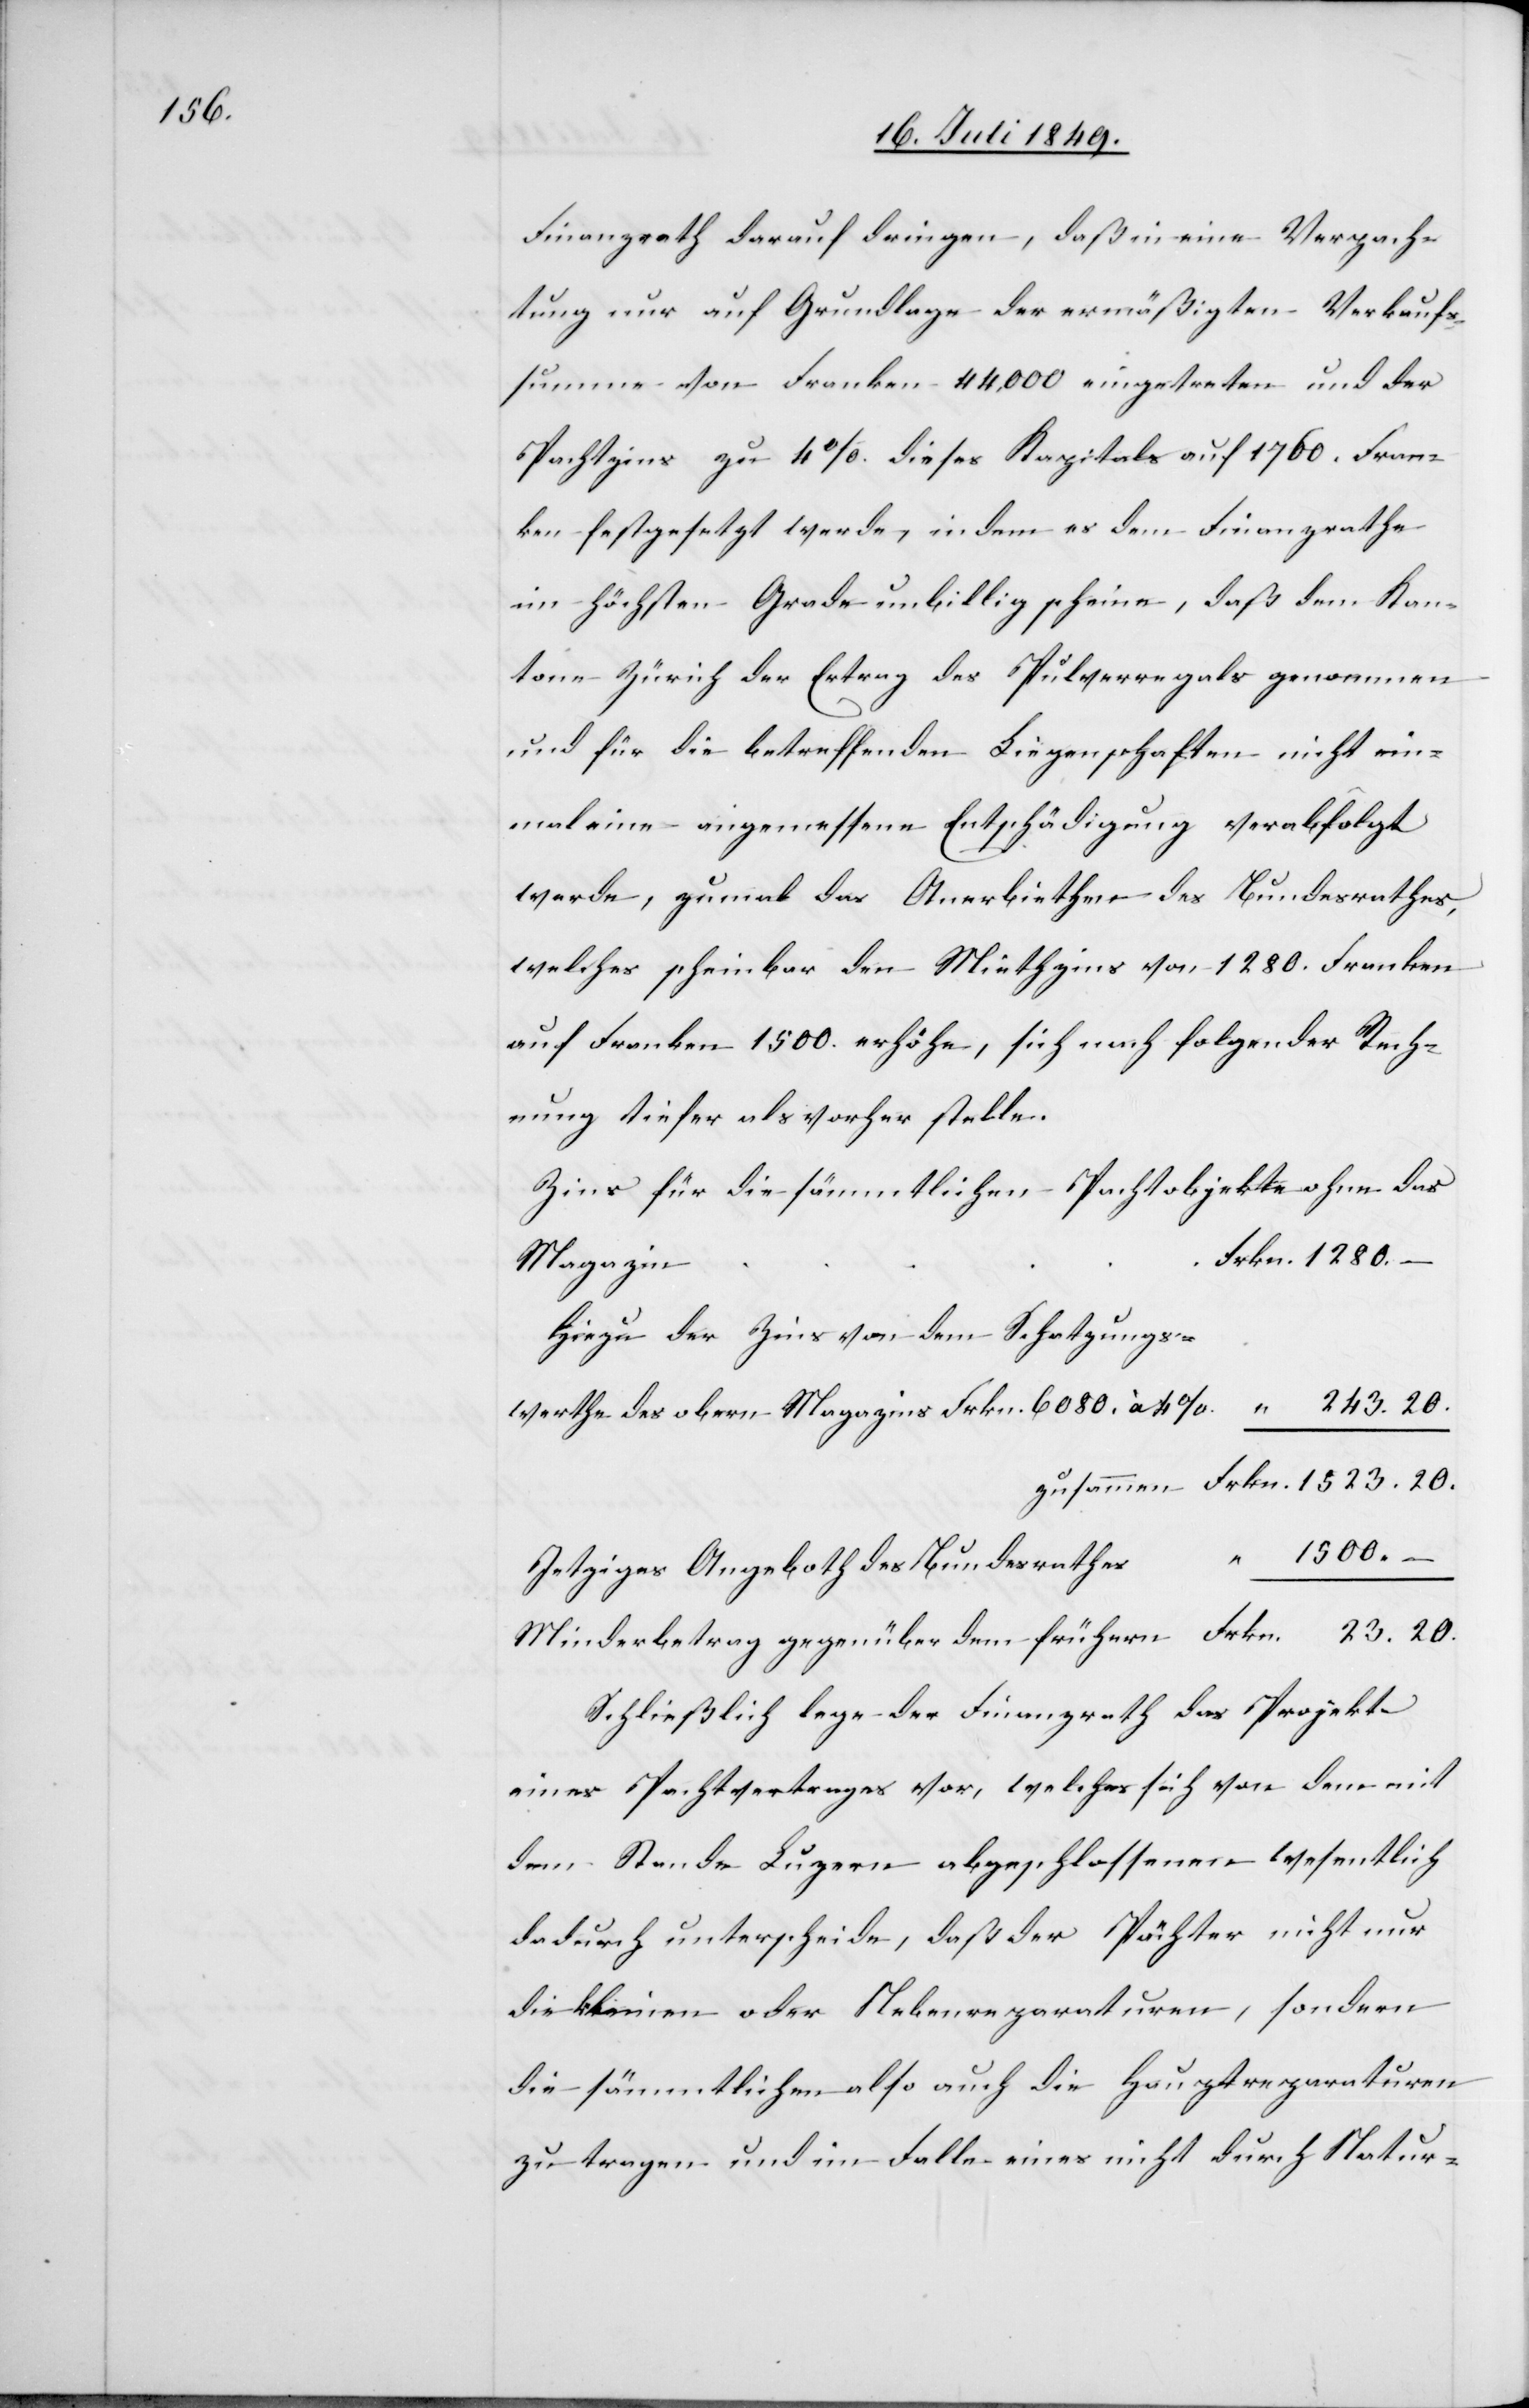
Finanzrath darauf dringen, daß in einer Verpach¬
tung nur auf Grundlage der ermäßigten Verkaufs¬
summe von Franken 44,000. eingetreten und der
Pachtzins zu 4% dieses Kapitals auf 1760. Fran¬
ken festgesetzt werde, indem es dem Finanzrathe
im höchsten Grade unbillig scheine, daß dem Kan¬
tone Zürich der Ertrag des Pulverregals genommen
und für die betreffenden Liegenschaften nicht ein¬
mal eine angemessene Entschädigung verabfolgt
werde, zumal das Anerbiethen des Bundesrathes,
welches scheinbar den Miethzins von 1280. Franken
auf Franken 1500. erhöhe, sich nach folgender Rech¬
nung tiefer als vorher stelle.
Zins für die sämmtlichen Pachtobjekte ohne das
Frkn. 6080.
Magazins
Hiezu der Zins von dem Schatzungs¬
zusammen	Frkn.	1523. 20
obern
Jetziges Angeboth des Bundesrathes		 “	1500.
Minderbetrag gegenüber dem frühern 		Frkn.	23. 20
Schließlich lege der Finanzrath das Projekt
eines Pachtvertrages vor, welches sich von dem mit
dem Stande Luzern abgeschlossenen wesentlich
dadurch unterscheide, daß der Pächter nicht nur
die kleinen oder Nebenreparaturen, sondern
die sämmtlichen also auch die Hauptreparaturen
zu tragen und im Falle eines nicht durch Natur-